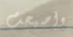
واصبحت